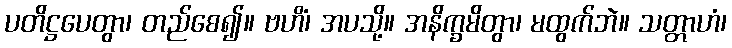
ပတိဋ္ဌပေတွာ၊ တည်စေ၍။ ဗဟိံ၊ အပသို့။ အနိက္ခမိတွာ၊ မထွက်ဘဲ။ သတ္တာဟံ၊